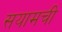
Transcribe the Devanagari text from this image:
सयामची